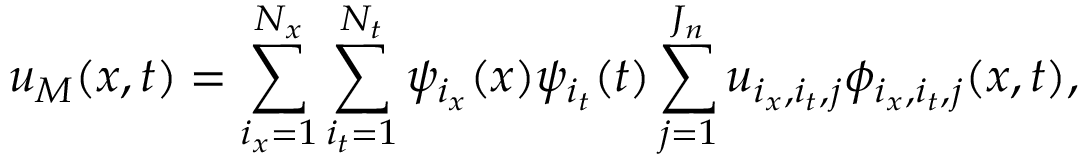
u _ { M } ( \boldsymbol { x } , t ) = \sum _ { i _ { x } = 1 } ^ { N _ { x } } \sum _ { i _ { t } = 1 } ^ { N _ { t } } \psi _ { i _ { x } } ( \boldsymbol { x } ) \psi _ { i _ { t } } ( t ) \sum _ { j = 1 } ^ { J _ { n } } u _ { i _ { x } , i _ { t } , j } \phi _ { i _ { x } , i _ { t } , j } ( \boldsymbol { x } , t ) ,